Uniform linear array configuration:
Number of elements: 32
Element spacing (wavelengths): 0.5
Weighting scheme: cosine
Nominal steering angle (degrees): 15
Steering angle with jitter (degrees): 14.859
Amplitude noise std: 0.05
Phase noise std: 0.05

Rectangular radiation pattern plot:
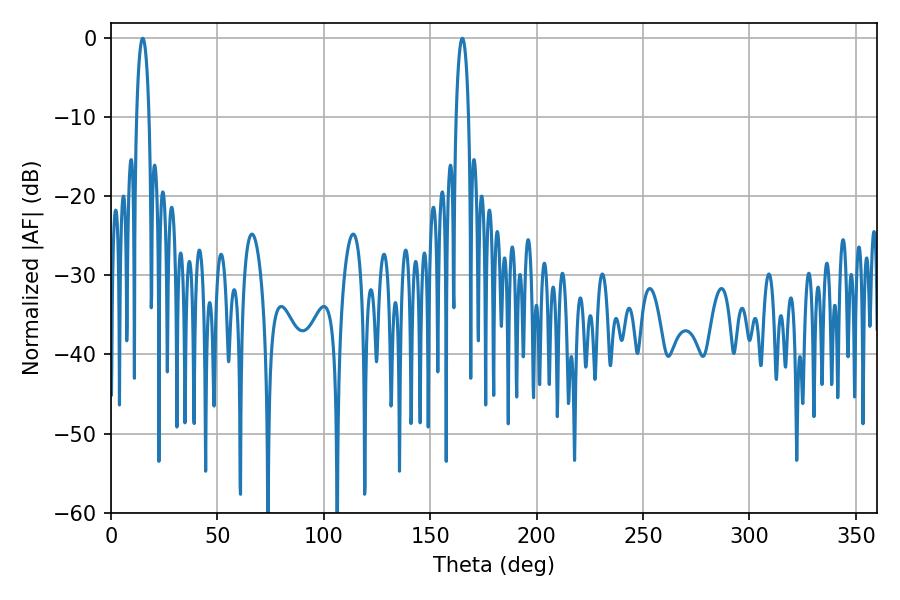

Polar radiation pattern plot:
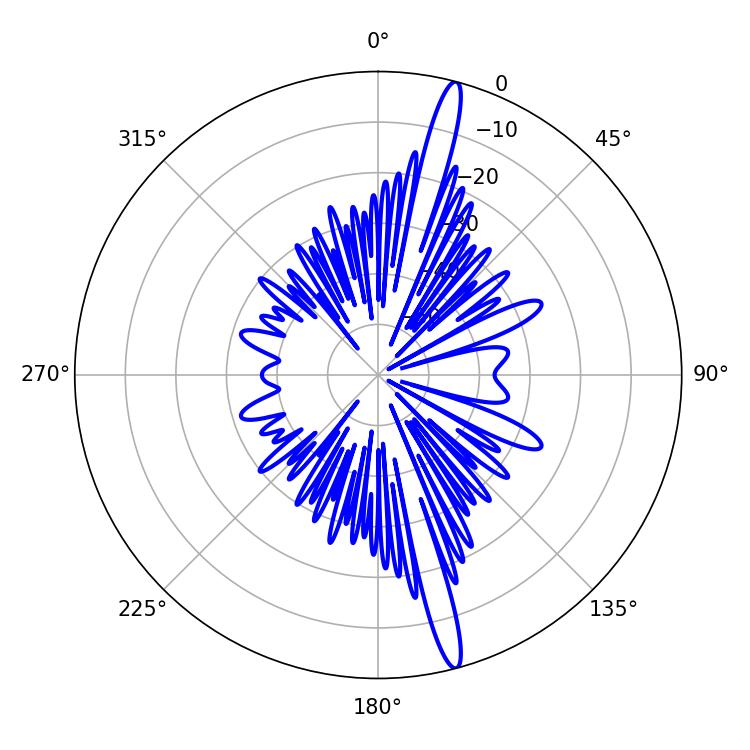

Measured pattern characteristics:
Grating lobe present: FALSE
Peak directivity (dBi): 17.704
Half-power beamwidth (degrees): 3.24
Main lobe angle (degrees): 165.06